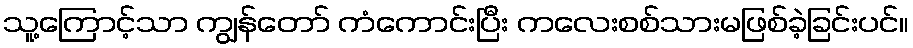
သူ့ကြောင့်သာ ကျွန်တော် ကံကောင်းပြီး ကလေးစစ်သားမဖြစ်ခဲ့ခြင်းပင်။